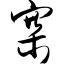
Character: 寨